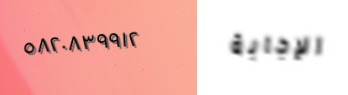
٥٨٢٠٨٣٩٩١٢ الإجابة